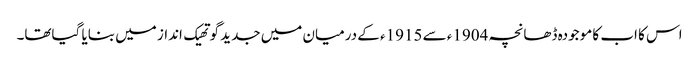
اس کا اب کا موجودہ ڈھانچہ 1904ء سے 1915ء کے درمیان میں جدید گوتھیک انداز میں بنایا گیاتھا۔